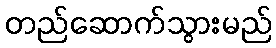
တည်ဆောက်သွားမည်